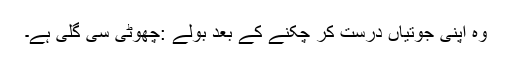
وہ اپنی جوتیاں درست کر چکنے کے بعد بولے :چھوٹی سی گلی ہے۔